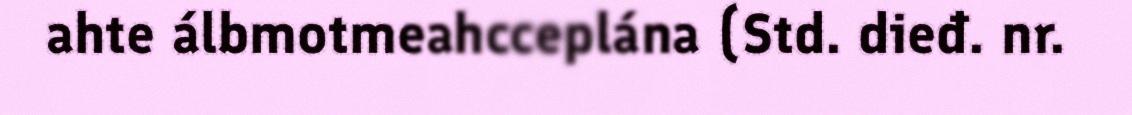
ahte álbmotmeahcceplána (Std. dieđ. nr.